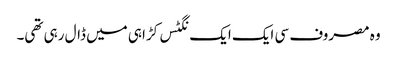
وہ مصروف سی ایک ایک نگٹس کڑاہی میں ڈال رہی تھی۔